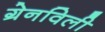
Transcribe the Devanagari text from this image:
ग्रेनविली